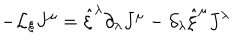
- { \cal L } _ { \xi } J ^ { \mu } = \hat { \xi } ^ { \lambda } \partial _ { \lambda } J ^ { \mu } - \partial _ { \lambda } \hat { \xi } ^ { \mu } J ^ { \lambda }